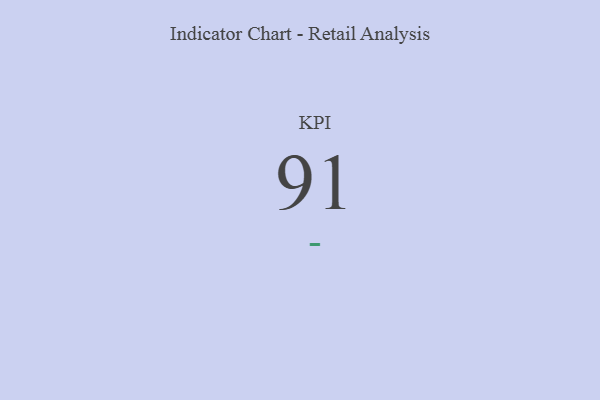
{"axis": {"x": "KPI", "y": "Value"}, "legend": [""], "data": [{"x": "KPI", "y": 91, "type": ""}]}